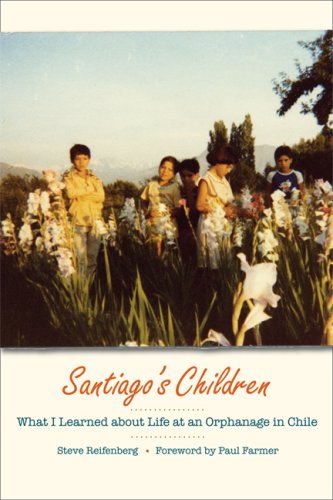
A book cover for Santiago's Children: What I Learned about Life at an Orphanage in Chile; Steve Reifenberg; Biographies & Memoirs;